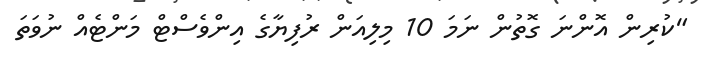
"ކުރިން އޮންނަ ގޮތުން ނަމަ 10 މިލިއަން ރުފިޔާގެ އިންވެސްޓް މަންޓެއް ނުވަތަ